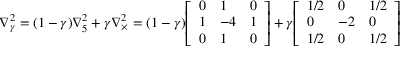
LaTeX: \nabla _ { \gamma } ^ { 2 } = ( 1 - \gamma ) \nabla _ { 5 } ^ { 2 } + \gamma \nabla _ { \times } ^ { 2 } = ( 1 - \gamma ) { \left[ \begin{array} { l l l } { 0 } & { 1 } & { 0 } \\ { 1 } & { - 4 } & { 1 } \\ { 0 } & { 1 } & { 0 } \end{array} \right] } + \gamma { \left[ \begin{array} { l l l } { 1 / 2 } & { 0 } & { 1 / 2 } \\ { 0 } & { - 2 } & { 0 } \\ { 1 / 2 } & { 0 } & { 1 / 2 } \end{array} \right] }